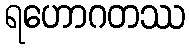
ရဟောဂတဿ